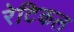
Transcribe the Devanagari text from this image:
रेटिकल